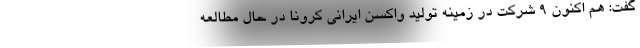
گفت: هم اکنون 9 شرکت در زمینه تولید واکسن ایرانی کرونا در حال مطالعه